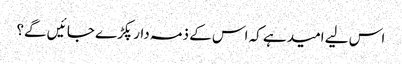
اس لیے امید ہے کہ اس کے ذمہ دار پکڑے جا ئیں گے؟